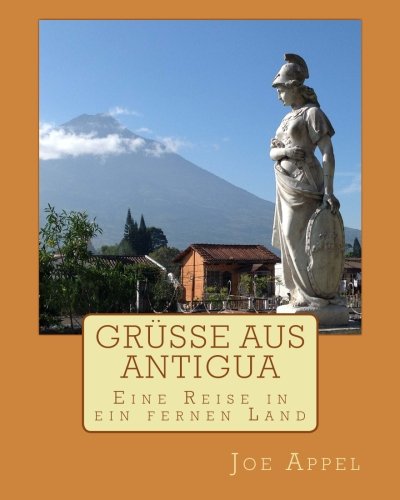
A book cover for GrÃ¼ÃEe aus Antigua (German Edition); Joe Appel; Travel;